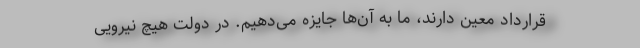
قرارداد معین دارند، ما به آن‌ها جایزه می‌دهیم. در دولت هیچ نیرویی